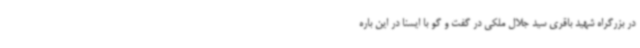
در بزرگراه شهید باقری سید جلال ملکی در گفت و گو با ایسنا در این باره